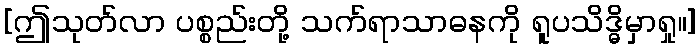
[ဤသုတ်လာ ပစ္စည်းတို့ သက်ရာသာဓနကို ရူပသိဒ္ဓိမှာရှု။]